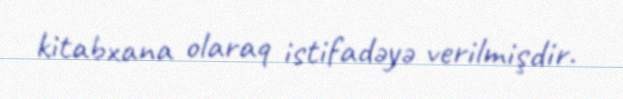
kitabxana olaraq istifadəyə verilmişdir.